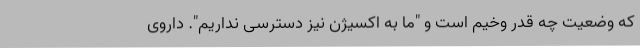
که وضعیت چه قدر وخیم است و "ما به اکسیژن نیز دسترسی نداریم". داروی